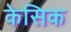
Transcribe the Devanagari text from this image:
केसिक